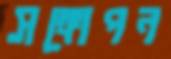
সঙ্গোপন